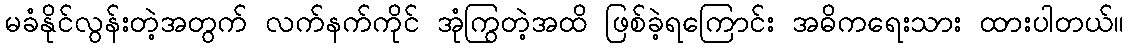
မခံနိုင်လွန်းတဲ့အတွက် လက်နက်ကိုင် အုံကြွတဲ့အထိ ဖြစ်ခဲ့ရကြောင်း အဓိကရေးသား ထားပါတယ်။